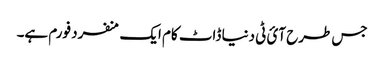
جس طرح آئ ٹی دنیا ڈاٹ کام ایک منفرد فورم ہے۔